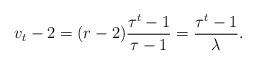
LaTeX: \begin{align*} v_t -2 = (r-2) \frac{\tau^t - 1}{\tau -1} = \frac{\tau^t - 1}{\lambda}.\end{align*}